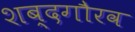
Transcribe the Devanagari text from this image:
शब्दगौरव